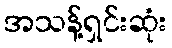
အသန့်ရှင်းဆုံး